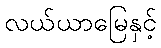
လယ်ယာမြေနှင့်